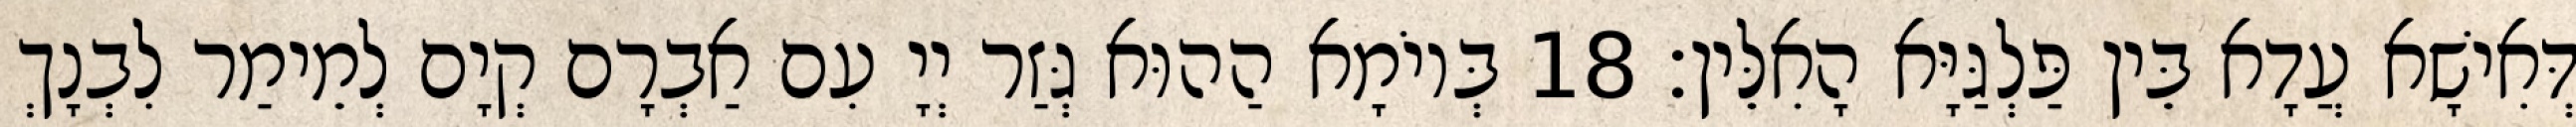
דְּאִישָׁא עֲדָא בֵּין פַּלְגַּיָּא הָאִלֵּין׃ 18 בְּיוֹמָא הַהוּא גְּזַר יְיָ עִם אַבְרָם קְיָם לְמֵימַר לִבְנָךְ